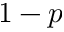
1 - p